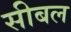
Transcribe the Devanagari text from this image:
सीबल